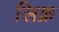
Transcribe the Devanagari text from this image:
लिक्न